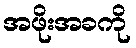
အဖိုးအခကို